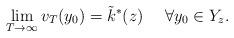
LaTeX: \begin{align*}\lim_{T\rightarrow\infty}v_T(y_0)=\tilde{k}^*(z)\ \ \ \ \forall y_0\in Y_z.\end{align*}